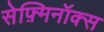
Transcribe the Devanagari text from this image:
सेफ़्मिनॉक्स